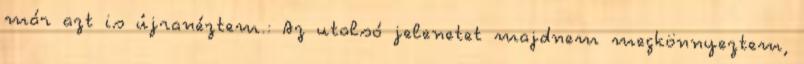
már azt is újranéztem.: Az utolsó jelenetet majdnem megkönnyeztem,